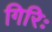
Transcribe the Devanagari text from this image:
गिरिः